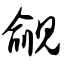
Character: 觎